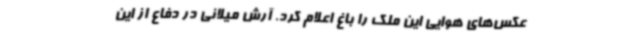
عکس‌های هوایی این ملک را باغ اعلام کرد. آرش میلانی در دفاع از این